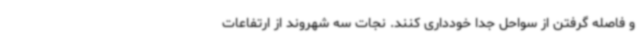
و فاصله گرفتن از سواحل جدا خودداری کنند. نجات سه شهروند از ارتفاعات